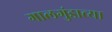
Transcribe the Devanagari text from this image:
गालगुंडाच्या